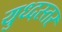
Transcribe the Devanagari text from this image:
युध्दस्तर